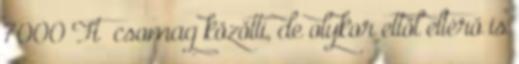
7000 Ft csomag közötti, de olykor ettől eltérő is